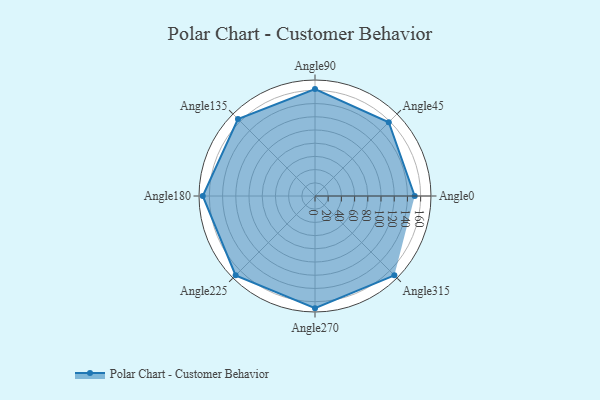
{"axis": {"x": "Angle", "y": "Radius"}, "legend": [""], "data": [{"x": "Angle0", "y": 151.0, "type": ""}, {"x": "Angle45", "y": 158.0, "type": ""}, {"x": "Angle90", "y": 162.0, "type": ""}, {"x": "Angle135", "y": 165.0, "type": ""}, {"x": "Angle180", "y": 170, "type": ""}, {"x": "Angle225", "y": 170, "type": ""}, {"x": "Angle270", "y": 170, "type": ""}, {"x": "Angle315", "y": 170, "type": ""}]}